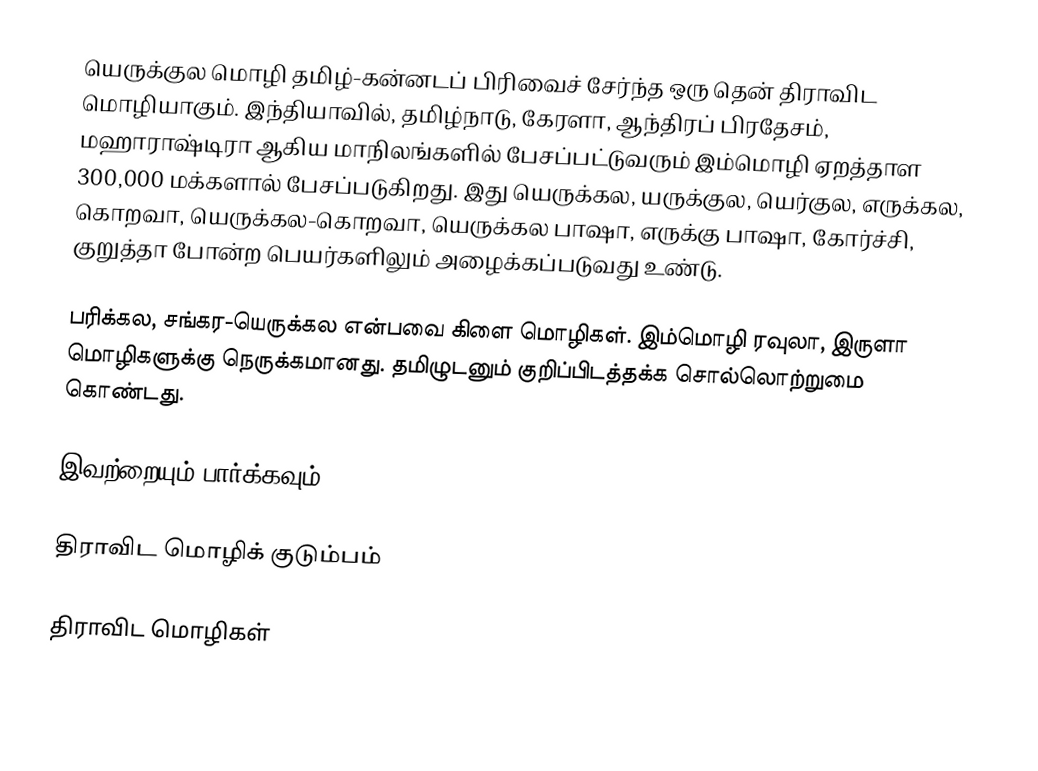
யெருக்குல மொழி தமிழ்-கன்னடப் பிரிவைச் சேர்ந்த ஒரு தென் திராவிட மொழியாகும். இந்தியாவில், தமிழ்நாடு, கேரளா, ஆந்திரப் பிரதேசம், மஹாராஷ்டிரா ஆகிய மாநிலங்களில் பேசப்பட்டுவரும் இம்மொழி ஏறத்தாள 300,000 மக்களால் பேசப்படுகிறது.  இது யெருக்கல, யருக்குல, யெர்குல, எருக்கல, கொறவா, யெருக்கல-கொறவா, யெருக்கல பாஷா, எருக்கு பாஷா, கோர்ச்சி, குறுத்தா போன்ற பெயர்களிலும் அழைக்கப்படுவது உண்டு.

பரிக்கல, சங்கர-யெருக்கல என்பவை கிளை மொழிகள். இம்மொழி ரவுலா, இருளா மொழிகளுக்கு நெருக்கமானது. தமிழுடனும் குறிப்பிடத்தக்க சொல்லொற்றுமை கொண்டது.

இவற்றையும் பார்க்கவும்

 திராவிட மொழிக் குடும்பம்

திராவிட மொழிகள்